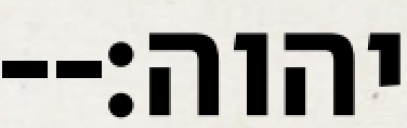
יהוה׃--